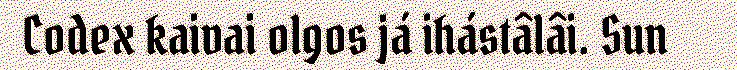
Codex kaivai olgos já ihástâlâi. Sun